Lunatic asylums Madras 1892-1911 - 1892-1911
Year: 1892
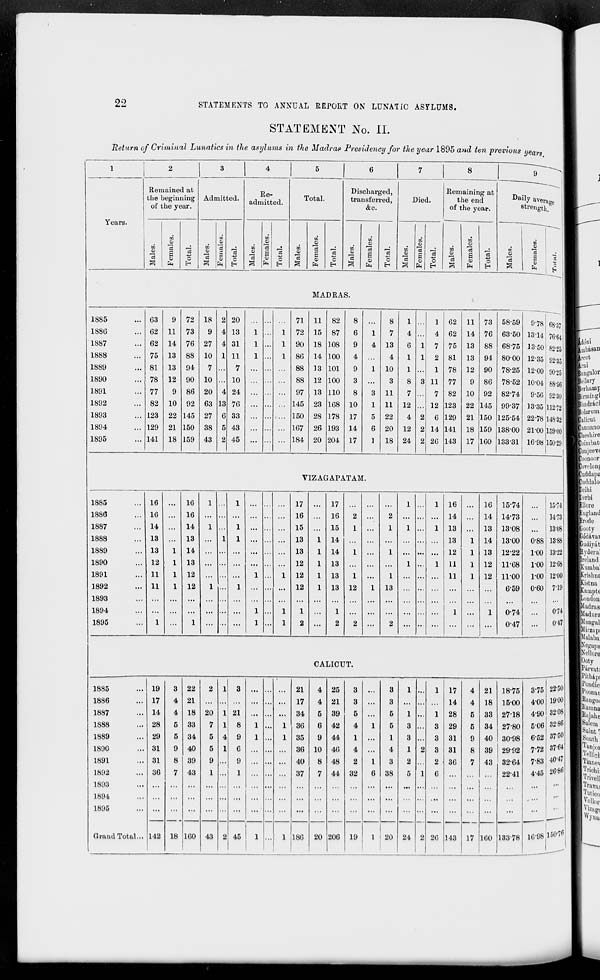
22
STATEMENTS TO ANNUAL REPORT ON LUNATIC ASYLUMS.
STATEMENT No. II.
Return of Criminal Lunatics in the asylums in the Madras Presidency for the year 1895 and ten previous years
9
Years.
Remained at
the beginning
of the year.
c3
TO
o
"3
S
o
EH
Admitted.
03
c
EH
Re-
admitted.
a>
"c3
o
EH
Total.
■i.
"3
m
9)
0)
0
Discharged,
transferred,
&c.
00
4)
re
0)
E
o
EH
o
EH
Died.
Remaining at
the end
of the year.
re
3
re
00
o
<p
3
re
3
S cS
S
« O
o
EH H
S EH
cs
o
EH
Dai lv avera Ke
strength.
re
o
CO
"3
S
01
EH
0
EH
MADRAS.
1885
188G
1887
1888
1889
1890
1891
1892
1893
1894
1895
G3
9 72 18 2 20
71 11 82
8
8
1
1 62 11 73 58-59 9-78
62 11 73
9 4 13
1 ... 1 72 15 87
6
1
7 4
4 62 14 76 63-50 1314
62 14 76 27 4 31
1 ... 1 90 18 108
9
4 13
6 1 7 75 13 88 68-75 13-50
75 13 88 10 1 11
1 ... 1 86 14 100
4
4
1 1 2 81 13 94 80-00 12-35
81 13 94
7 ... 7 ... ...
88 13 101
9
1 10
1 ... 1 78 12 90 78-25 12-00
78 12 90 10 ... 10
...
88 12 100
3 ...
3
8 3 11 77
9 86 78-52 10-04
77 9 86 20 4 24 ... ... ... 97 13 110 8 3 11 7
7 82 10 92 82-74 9-56
82 10 92 63 13 76 ... ... ... 145 23 168 10
1 11 12 ... 12 123 22 145 9937 ]3-35
123 22 145 27 6 33 ... ...
150 28 178 17
5 22
4 2 6 129 21 150 125-54 22-78
129 21 150 38 5 43 ... ... ... 167 26 193 14
6 20 12 2 14 141 18 159 138-00 21-00
141 18 159 43 2 45 ... ... ... 184 20 204 17
1 18 24 2 26 143 17 160 13331 1698
68-37
76-64
82-25
92-35
90-25
88-56
92-30
112-72
148-32
159-00
150-29
VIZAGAPATAM.
1885
1886
1887
1888
1889
1890
1891
1892
1893
1894
1895
16
16
14
13
13
12
11
11
16
16
14
13
14
13
12
12
1 .
1 ...
...
17
16
...
17
16
2
...
2
1
1 16
14
...
16
14
15-74
14-73
...
1 ...
...
15 ... 15
1 ...
1
1 ... 1 13 ... 13 13-08
...
1 ...
...
13
1 14
...
...
... ...
13
1 14 1300 0-88
..
...
...
13
1 14
1
1 ... ... ... 12
1 13 1222 1-00
..
... ... ...
12
1 13
...
...
1 ... 1 11
1 12 11G8 1-00
..
1
1 12
1 13
1 ...
1 ... ... ... 11
1 12 11-00 1-00
1
1
1
...
1
1
12
1
2
1 13
1
2
12
2
1 13
2
...
...
1 ...
1
6-59
0-74
0-47
0-60
15-7-1
14-73
13-08
13-88
13-22
12-68
12-00
7-19
O'7-l
0-47
CALICUT.
1885
1886
1887
1888
1889
1890
1891
1892
1893
1894
1895
Oraud Total... 142
19
17
14
28
29
31
31
36
8
4
4
5
5
9
8
1
22
21
18
33
34
40
39
43
18 160 43
20
7
5
5
9
1
21
8
9
0
9
1
45
21
17
34
36
35
36
40
37
18G
4
4
5
6
9
10
8
7
20
25
3
3
1
21
3 ...
3 ...
39
5 ...
5
1
42
4
1
5
3
44
1 ...
1
3
46
4 ...
4
1
48
2
1
3
2
44 32
6 38
5
...
...
...
...
...
206 19
1 20 24
1
8
8
8
2 \
e
26
17
14
28
29
31
31
36
343
4
4
5
5
9
8
7
17
21
18
33
34
40
39
43
160
18-75
15-00
27-18
2780
30-98
2992
32-64
2241
13378
375
4-00
4-90
506
6-52
7-72
7-83
445
22-50
19-00
32-08
3286
37-50
37-64
4047
26-86
16-98 lilO-76